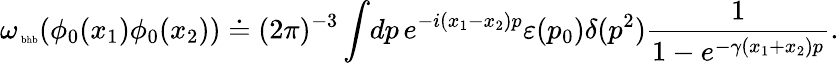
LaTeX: \omega_{\mathrm{\tiny~bhb}}(\phi_{0}(x_{1})\phi_{0}(x_{2}))\doteq(2\pi)^{-3}\int\! dp\, e^{-i(x_{1}-x_{2})p}\varepsilon(p_{0})\delta(p^{2})\frac{1}{1-e^{-\gamma(x_{1}+x_{2})p}}.